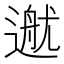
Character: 𨕳